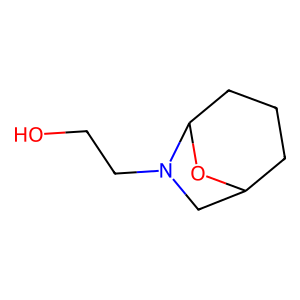
SMILES: OCCN1CC2CCCC1O2
Inhibits HIV replication: No